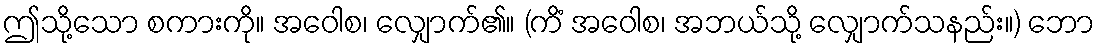
ဤသို့သော စကားကို။ အဝေါစ၊ လျှောက်၏။ (ကိံ အဝေါစ၊ အဘယ်သို့ လျှောက်သနည်း။) ဘော